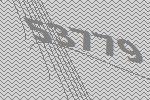
53779